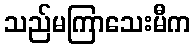
သည်မကြာသေးမီက